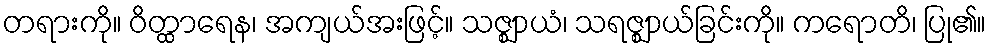
တရားကို။ ဝိတ္ထာရေန၊ အကျယ်အးဖြင့်။ သဇ္ဈာယံ၊ သရဇ္ဈာယ်ခြင်းကို။ ကရောတိ၊ ပြု၏။